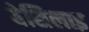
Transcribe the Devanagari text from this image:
बेसिलाइ